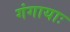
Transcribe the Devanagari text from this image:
गंगायाः